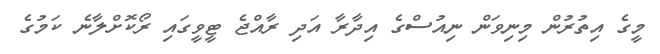
މީގެ އިތުރުން މިނިވަން ނިއުސްގެ އިދާރާ އަދި ރާއްޖެ ޓީވީގައި ރޯކޮށްލާނެ ކަމުގެ